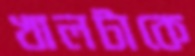
খালটাকে